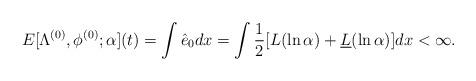
LaTeX: \begin{align*}E[\Lambda^{(0)},\phi^{(0)}; \alpha](t)=\int \hat e_0dx=\int \frac{1}{2}[L(\ln \alpha)+\underline{L}(\ln \alpha)]dx <\infty.\end{align*}